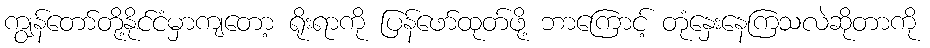
ကျွန်တော်တို့နိုင်ငံမှာကျတော့ ရိုးရာကို ပြန်ဖော်ထုတ်ဖို့ ဘာကြောင့် တုံနှေးနေကြသလဲဆိုတာကို